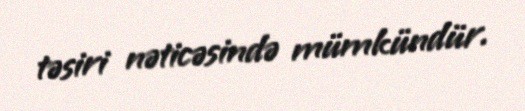
təsiri nəticəsində mümkündür.